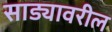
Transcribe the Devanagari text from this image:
साड्यावरील